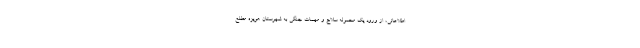
اطلاعاتی، از ورود یک محموله سلاح و مهمات جنگی به شهرستان هویزه مطلع